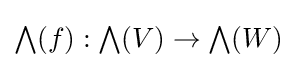
{\textstyle \bigwedge }(f):{\textstyle \bigwedge }(V)\rightarrow {\textstyle \bigwedge }(W)